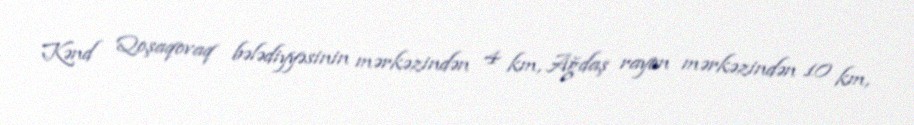
Kənd Qoşaqovaq bələdiyyəsinin mərkəzindən 4 km, Ağdaş rayon mərkəzindən 10 km,